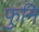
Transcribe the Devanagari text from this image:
फुनि